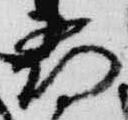
尋